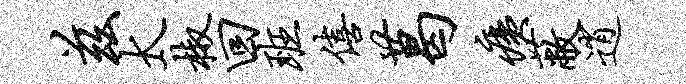
兹太椒回班僖葛痍蔽逍